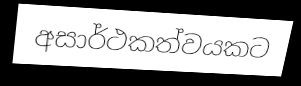
අසාර්ථකත්වයකට